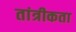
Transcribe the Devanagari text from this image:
तांत्रीकता